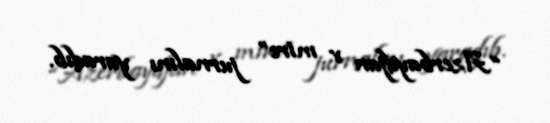
“Azerbaydjan v mire” jurnalını yaradıb.